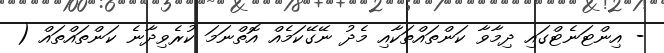
- އިންޓަނެޓްގައި ދިމާވާ ކަންތައްތަކާއި މެދު ނޭގޭކަމެއް އޮތްނަމަ ކުރެވިދާނެ ކަންތައްތައް (